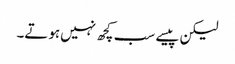
لیکن پیسے سب کچھ نہیں‌ہوتے۔